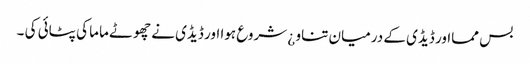
بس ممااور ڈیڈی کے درمیان تناو ¿ شروع ہوا اور ڈیڈی نے چھوٹے ماما کی پٹائی کی ۔